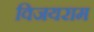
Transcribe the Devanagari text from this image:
विजयराम